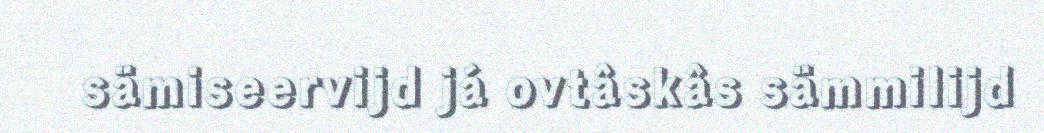
sämiseervijd já ovtâskâs sämmilijd